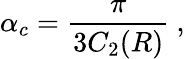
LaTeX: \alpha_{c}=\frac{\pi}{3C_{2}(R)}\ ,